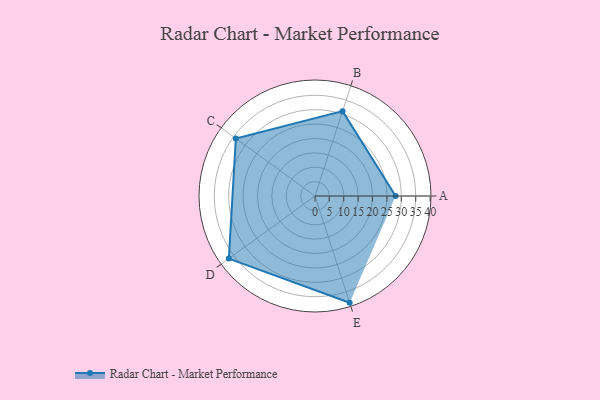
{"axis": {"x": "Skill", "y": "Score"}, "legend": ["Profile"], "data": [{"x": "A", "y": 28.0, "type": "Profile"}, {"x": "B", "y": 31.0, "type": "Profile"}, {"x": "C", "y": 34.0, "type": "Profile"}, {"x": "D", "y": 37.0, "type": "Profile"}, {"x": "E", "y": 39.0, "type": "Profile"}]}